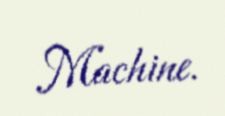
Machine.